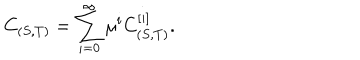
C _ { ( S , T ) } = \sum _ { i = 0 } ^ { \infty } \mu ^ { i } C _ { ( S , T ) } ^ { [ i ] } .